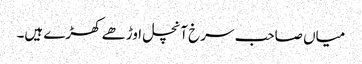
میاں صاحب سرخ آنچل اوڑھے کھڑے ہیں۔